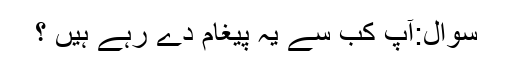
سوال:آپ کب سے یہ پیغام دے رہے ہیں ؟